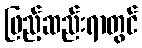
ဖြည့်ဆည်းရာတွင်